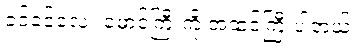
ခင်ခင်လေး မောင်ကြီးကို အထင်ကြီးပါတယ်